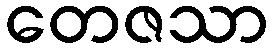
တေဇသာ